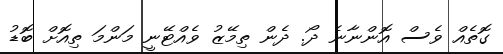
ގޮތެއް ވެސް އޮންނާނެ ދޯ. ދެން ތިމޭޒު ވެއްޓޭނީ މަންމަ ތިއޮށް ބޮޑު